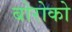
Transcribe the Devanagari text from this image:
बोरोको